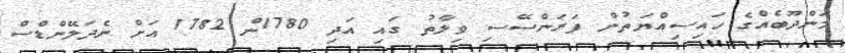
މަންދޫބެއްގެ ހައިސިއްޔަތުން ފަރަންސޭސި ވިލާތު ގައި އަދި 1780ން 1782 އަށް ނެދަލޭންޑްސް